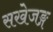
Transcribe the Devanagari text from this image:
सखेजङ्ग